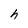
Character: h